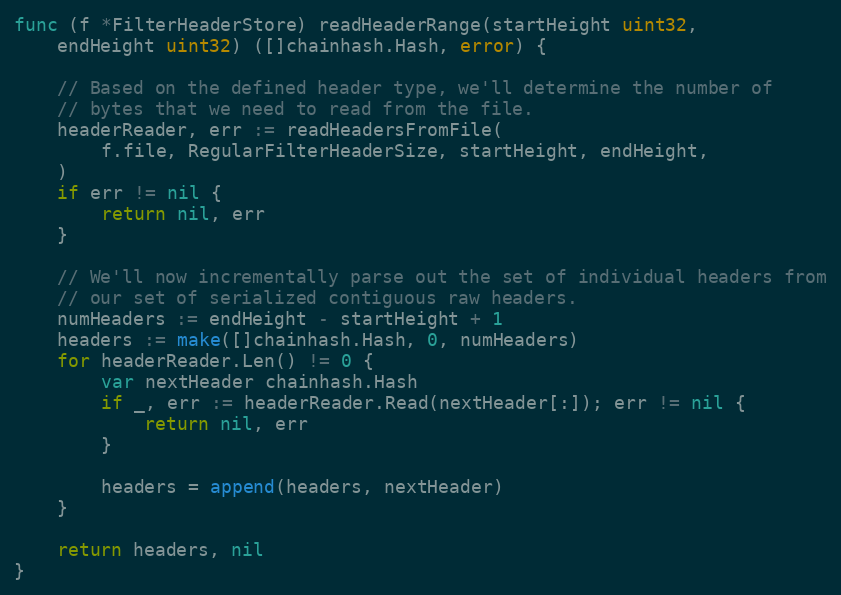
Language: Go
func (f *FilterHeaderStore) readHeaderRange(startHeight uint32,
	endHeight uint32) ([]chainhash.Hash, error) {

	// Based on the defined header type, we'll determine the number of
	// bytes that we need to read from the file.
	headerReader, err := readHeadersFromFile(
		f.file, RegularFilterHeaderSize, startHeight, endHeight,
	)
	if err != nil {
		return nil, err
	}

	// We'll now incrementally parse out the set of individual headers from
	// our set of serialized contiguous raw headers.
	numHeaders := endHeight - startHeight + 1
	headers := make([]chainhash.Hash, 0, numHeaders)
	for headerReader.Len() != 0 {
		var nextHeader chainhash.Hash
		if _, err := headerReader.Read(nextHeader[:]); err != nil {
			return nil, err
		}

		headers = append(headers, nextHeader)
	}

	return headers, nil
}